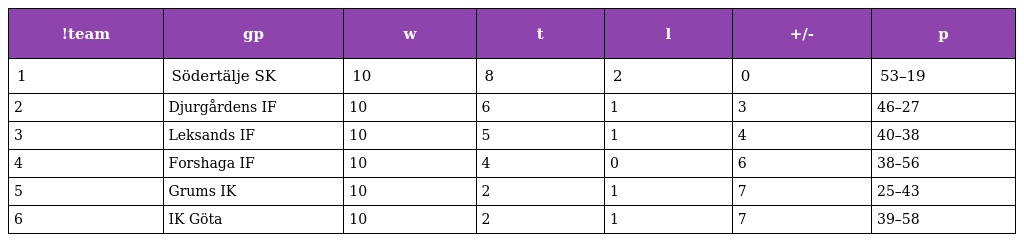
| !team | gp | w | t | l | +/- | p |
 | --- | --- | --- | --- | --- | --- | --- |
 | 1 | Södertälje SK | 10 | 8 | 2 | 0 | 53–19 |
 | 2 | Djurgårdens IF | 10 | 6 | 1 | 3 | 46–27 |
 | 3 | Leksands IF | 10 | 5 | 1 | 4 | 40–38 |
 | 4 | Forshaga IF | 10 | 4 | 0 | 6 | 38–56 |
 | 5 | Grums IK | 10 | 2 | 1 | 7 | 25–43 |
 | 6 | IK Göta | 10 | 2 | 1 | 7 | 39–58 |